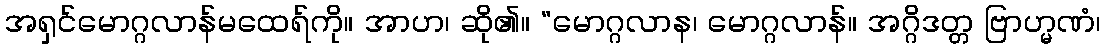
အရှင်မောဂ္ဂလာန်မထေရ်ကို။ အာဟ၊ ဆို၏။ “မောဂ္ဂလာန၊ မောဂ္ဂလာန်။ အဂ္ဂိဒတ္တ ဗြာဟ္မဏံ၊